Document type: Sale
Year: 1354
Scribe: Bernat de Torre
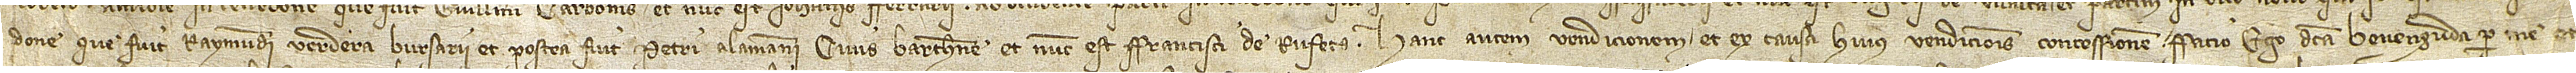
done que fuit Raynundi Verdera, bursarii, et postea fuit Petri Alamanni, civis Barchinone, et nunc est Francisci de Rufets. Hanc autem vendicionem et ex causa huius vendicionis concessionem facio ego dicta Bevenguda per me et